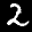
Label: 2